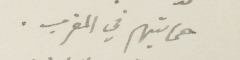
حمايتهم في المغرب.